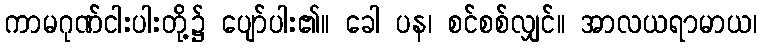
ကာမဂုဏ်ငါးပါးတို့၌ ပျော်ပါး၏။ ခေါ ပန၊ စင်စစ်လျှင်။ အာလယရာမာယ၊